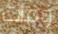
ومات